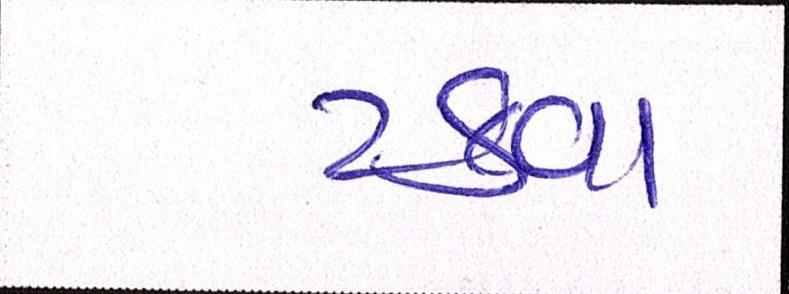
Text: ટકવા